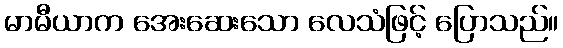
မာမီယာက အေးဆေးသော လေသံဖြင့် ပြောသည်။